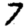
Digit: 7